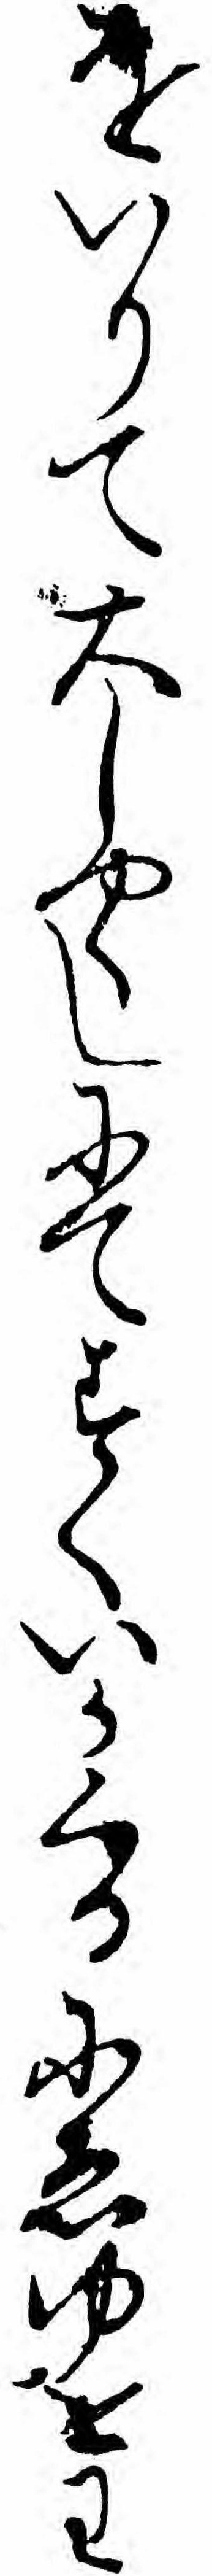
をいりて大しやくしにてすくいかくるにゑゆをわ